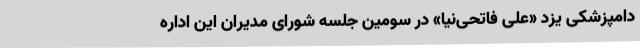
دامپزشکی یزد «علی فاتحی‌نیا» در سومین جلسه شورای مدیران این اداره